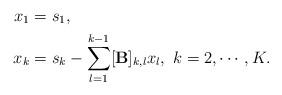
LaTeX: \begin{align*}x_1 &= s_1, \\x_k &= s_k - \sum_{l=1}^{k-1} [\mathbf{B}]_{k,l}x_l, ~ k =2, \cdots,K.\end{align*}